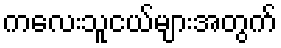
ကလေးသူငယ်များအတွက်